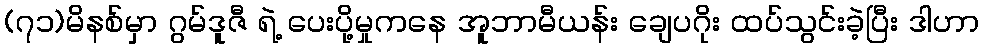
(၇၁)မိနစ်မှာ ဂွမ်ဒူဇီ ရဲ့ ပေးပို့မှုကနေ အူဘာမီယန်း ချေပဂိုး ထပ်သွင်းခဲ့ပြီး ဒါဟာ